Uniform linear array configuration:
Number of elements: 8
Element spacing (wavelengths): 1
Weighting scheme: hamming
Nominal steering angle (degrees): -60
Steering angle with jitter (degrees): -59.918
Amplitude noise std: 0.05
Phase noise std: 0.05

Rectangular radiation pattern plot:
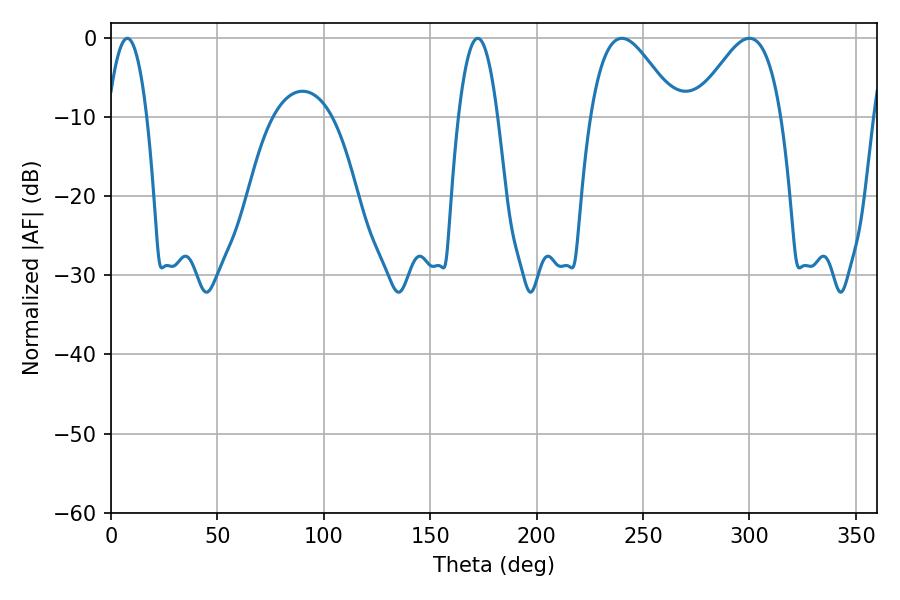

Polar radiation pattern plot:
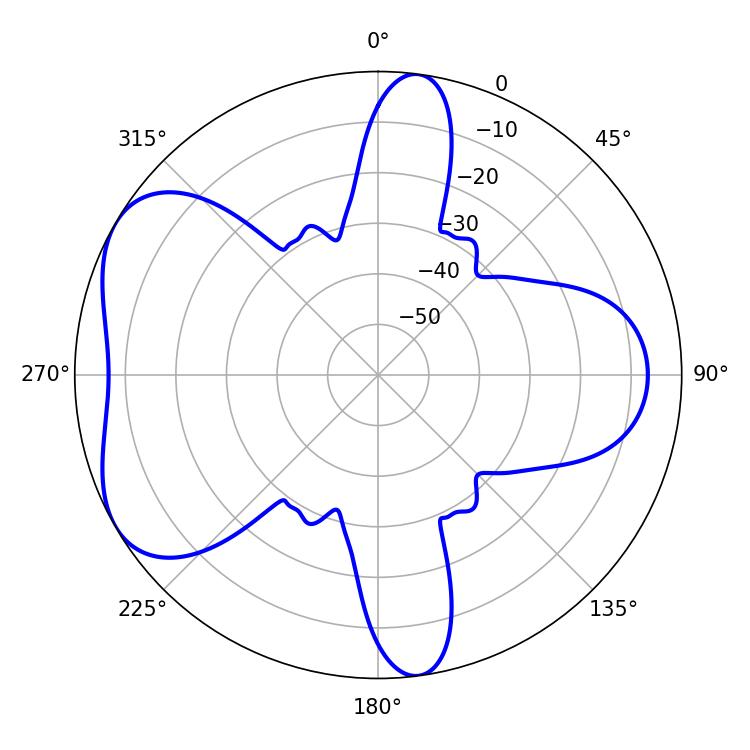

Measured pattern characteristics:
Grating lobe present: TRUE
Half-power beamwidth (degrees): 21.78
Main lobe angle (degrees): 240.12